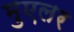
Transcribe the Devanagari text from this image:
मुएलर